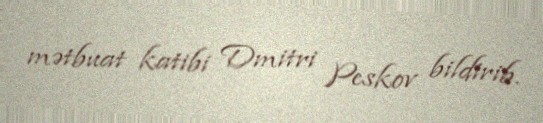
mətbuat katibi Dmitri Peskov bildirib.